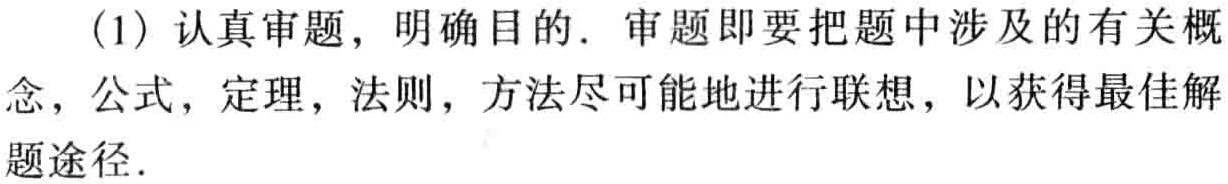
(1) 认真审题，明确目的. 审题即要把题中涉及的有关概念，公式，定理，法则，方法尽可能地进行联想，以获得最佳解题途径.